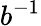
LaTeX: b^{-1}